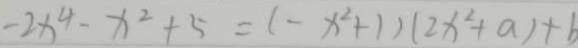
- 2 x ^ { 4 } - x ^ { 2 } + 5 = ( - x ^ { 2 } + 1 ) ( 2 x ^ { 2 } + a ) + b